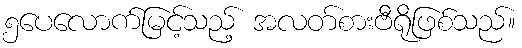
၅ပေလောက်မြင့်သည့် အလတ်စားဗီရိုဖြစ်သည်။